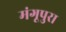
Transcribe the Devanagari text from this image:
मंगूपुरा